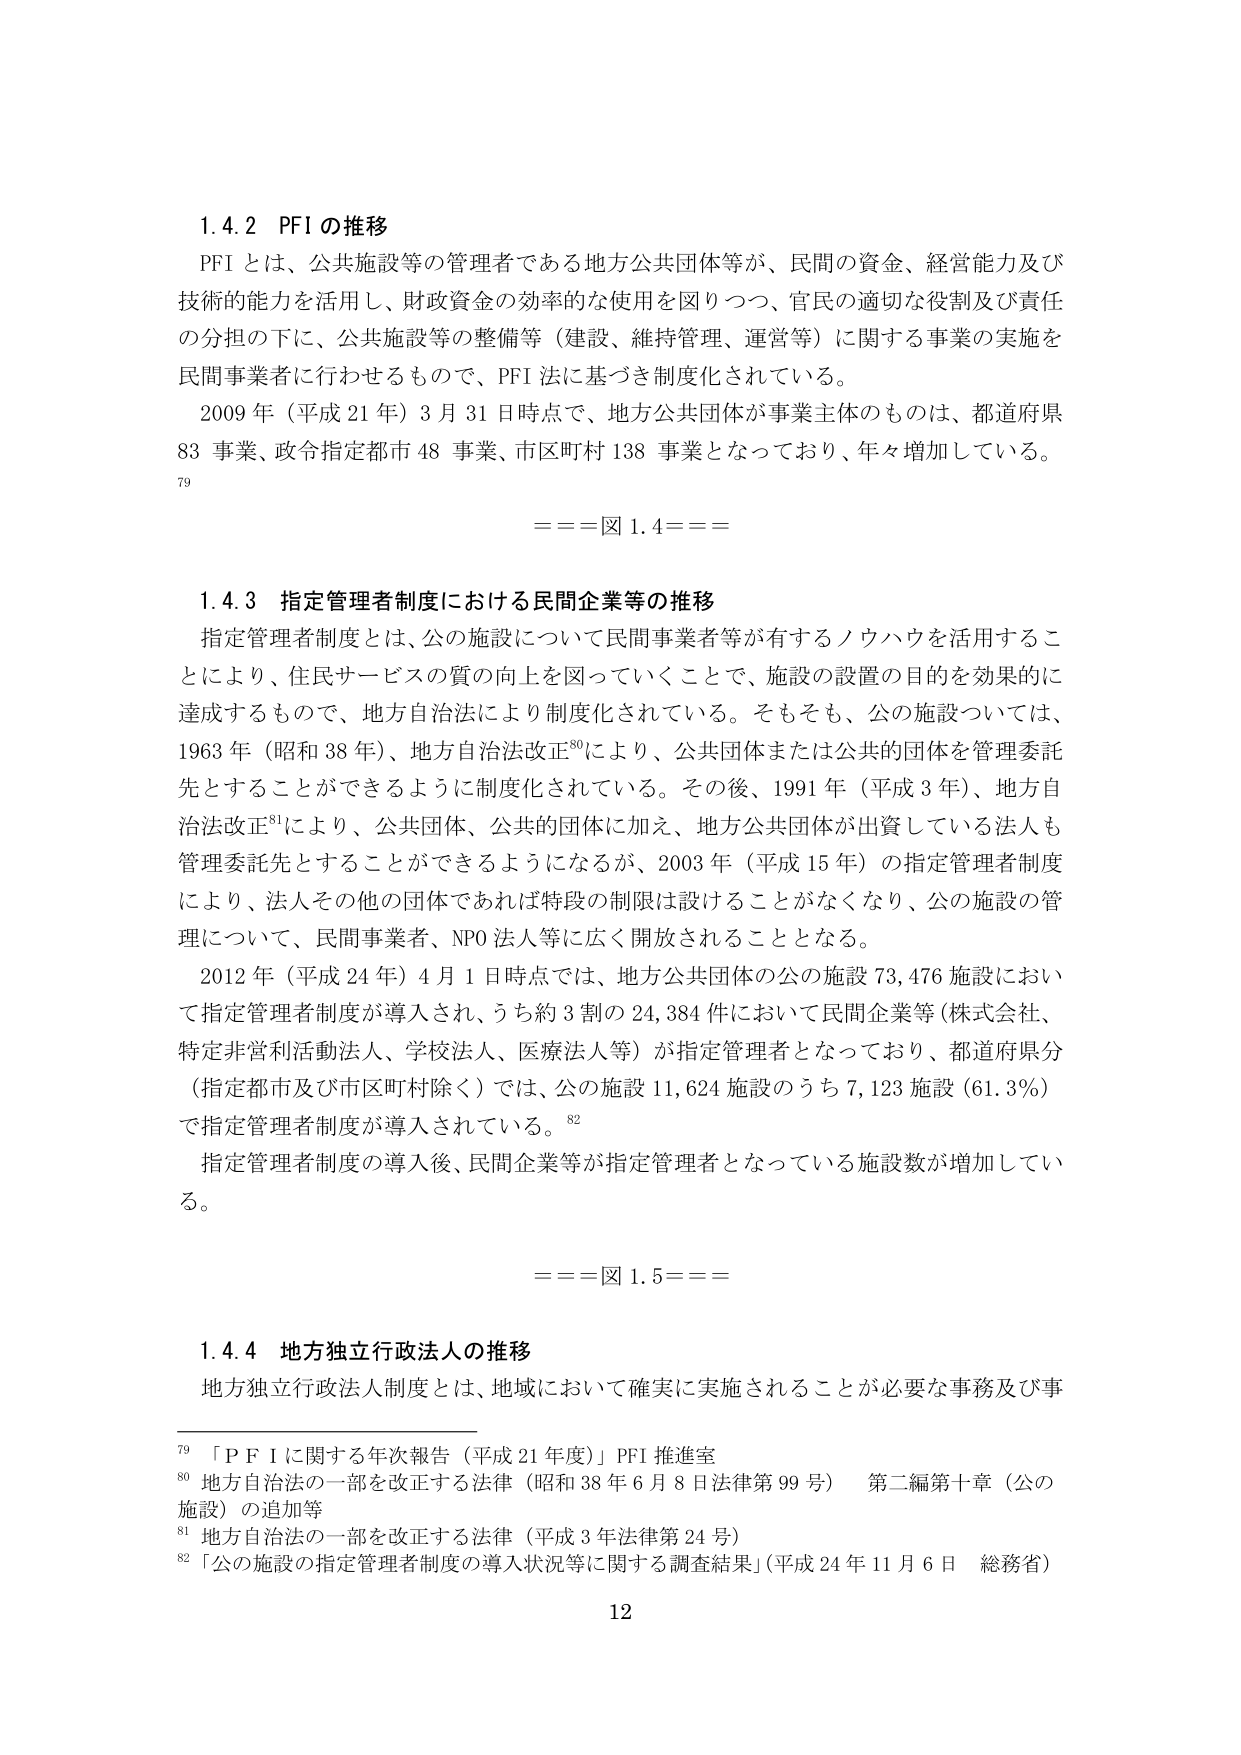
1.4.2 PFI の推移
PFI とは、公共施設等の管理者である地方公共団体等が、民間の資金、経営能力及び技術的能力を活用し、財政資金の効率的な使用を図りつつ、官民の適切な役割及び責任の分担の下に、公共施設等の整備等（建設、維持管理、運営等）に関する事業の実施を民間事業者に行わせるもので、PFI 法に基づき制度化されている。
2009 年（平成 21 年）3 月 31 日時点で、地方公共団体が事業主体のものは、都道府県 83 事業、政令指定都市 48 事業、市区町村 138 事業となっており、年々増加している。
79
===図 1.4===

1.4.3 指定管理者制度における民間企業等の推移
指定管理者制度とは、公の施設について民間事業者等が有するノウハウを活用することにより、住民サービスの質の向上を図っていくことで、施設の設置の目的を効果的に達成するもので、地方自治法により制度化されている。そもそも、公の施設については、1963 年（昭和 38 年）、地方自治法改正⁸⁰により、公共団体または公共的団体を管理委託先とすることができるよう制度化されている。その後、1991 年（平成 3 年）、地方自治法改正⁸¹により、公共団体、公共的団体に加え、地方公共団体が出資している法人も管理委託先とすることができるようになるが、2003 年（平成 15 年）の指定管理者制度により、法人その他の団体であれば特段の制限は設けることがなくなり、公の施設の管理について、民間事業者、NPO 法人等に広く開放されることとなる。
2012 年（平成 24 年）4 月 1 日時点では、地方公共団体の公の施設 73,476 施設において指定管理者制度が導入され、うち約 3 割の 24,384 件において民間企業等（株式会社、特定非営利活動法人、学校法人、医療法人等）が指定管理者となっており、都道府県分（指定都市及び市区町村除く）では、公の施設 11,624 施設のうち 7,123 施設（61.3％）で指定管理者制度が導入されている。⁸²
指定管理者制度の導入後、民間企業等が指定管理者となっている施設数が増加している。

===図 1.5===

1.4.4 地方独立行政法人の推移
地方独立行政法人制度とは、地域において確実に実施されることが必要な事務及び事

79 「ＰＦＩに関する年次報告（平成 21 年度）」PFI 推進室
80 地方自治法の一部を改正する法律（昭和 38 年 6 月 8 日法律第 99 号） 第二編第十章（公の施設）の追加等
81 地方自治法の一部を改正する法律（平成 3 年法律第 24 号）
82 「公の施設の指定管理者制度の導入状況等に関する調査結果」（平成 24 年 11 月 6 日 総務省）
12